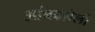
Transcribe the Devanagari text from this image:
आंबवलेली